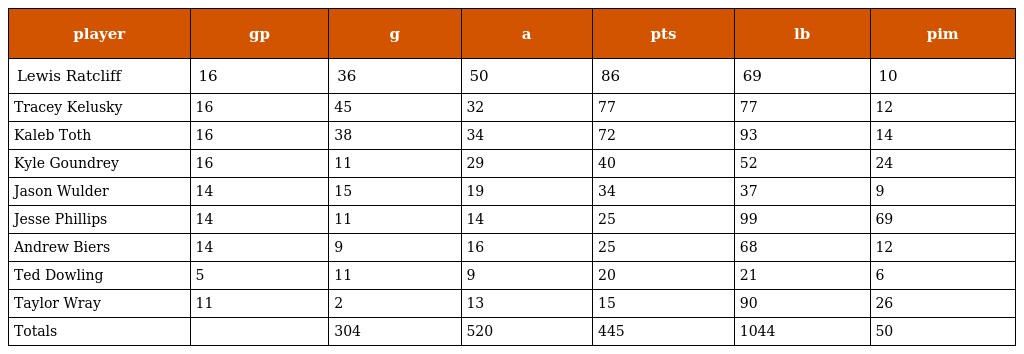
| player | gp | g | a | pts | lb | pim |
 | --- | --- | --- | --- | --- | --- | --- |
 | Lewis Ratcliff | 16 | 36 | 50 | 86 | 69 | 10 |
 | Tracey Kelusky | 16 | 45 | 32 | 77 | 77 | 12 |
 | Kaleb Toth | 16 | 38 | 34 | 72 | 93 | 14 |
 | Kyle Goundrey | 16 | 11 | 29 | 40 | 52 | 24 |
 | Jason Wulder | 14 | 15 | 19 | 34 | 37 | 9 |
 | Jesse Phillips | 14 | 11 | 14 | 25 | 99 | 69 |
 | Andrew Biers | 14 | 9 | 16 | 25 | 68 | 12 |
 | Ted Dowling | 5 | 11 | 9 | 20 | 21 | 6 |
 | Taylor Wray | 11 | 2 | 13 | 15 | 90 | 26 |
 | Totals |  | 304 | 520 | 445 | 1044 | 50 |